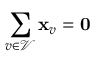
\sum _ { v \in \mathcal { V } } \mathbf { x } _ { v } = \mathbf { 0 }